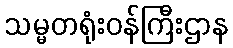
သမ္မတရုံးဝန်ကြီးဌာန